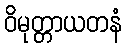
ဝိမုတ္တာယတနံ